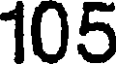
105